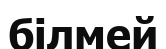
білмей